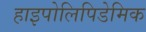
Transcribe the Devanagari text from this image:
हाइपोलिपिडेमिक